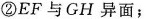
②EF与GH异面；